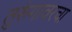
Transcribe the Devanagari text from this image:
तुरुंगावरचा